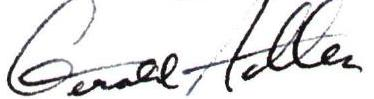
Gerald Adler